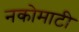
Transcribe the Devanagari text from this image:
नकोमाटी